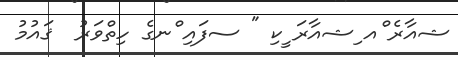
ޝއާރެ ްއ ިޝއާރަ ީކި " ސފައި ްނގެ ހިތްވަރު  ޤައުމު